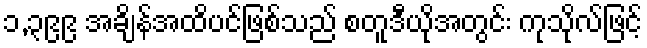
၁,၃၉၉ အချိန်အထိပင်ဖြစ်သည် စတူဒီယိုအတွင်း ကုသိုလ်ဖြင့်